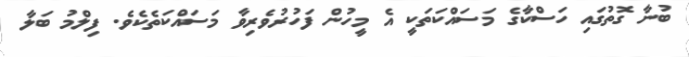
ބުނާ ގޮތުގައި ހަސްކާގެ މަސައްކަތަކީ އެ މީހުން ފަހުރުވެރިވާ މަސައްކަތެކެވެ. ފިލްމު ބަލާ